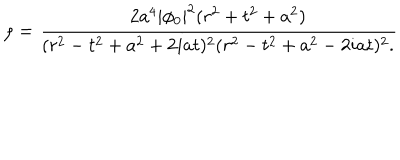
\rho = { \frac { 2 a ^ { 4 } | \phi _ { 0 } | ^ { 2 } ( r ^ { 2 } + t ^ { 2 } + a ^ { 2 } ) } { ( r ^ { 2 } - t ^ { 2 } + a ^ { 2 } + 2 i a t ) ^ { 2 } ( r ^ { 2 } - t ^ { 2 } + a ^ { 2 } - 2 i a t ) ^ { 2 } . } }